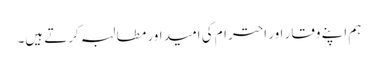
ہم اپنے وقار اور احترام کی امید اور مطالبہ کرتے ہیں۔